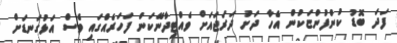
ފަދަ ބޮޑު ކުންފުންޏަކުން އެހާ ދަށު ދަރަޖައަށް ވެއްޓިދާނޭކަން ފަހަރެއްގައި ވެސް އަޅުގަނޑަށް